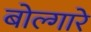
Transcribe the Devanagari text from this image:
बोल्गारे